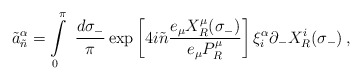
\begin{align*}\tilde{a}^{\alpha}_{\tilde{n}} =\int\limits_{0}^{\pi}~\frac{d\sigma_{-}}{\pi} \exp\left[4i\tilde{n}\frac{e_{\mu} X^{\mu}_{R}(\sigma_{-})}{e_{\mu}P^{\mu}_{R}}\right] \xi^{\alpha}_{i}\partial_{-}X^{i}_{R}(\sigma_{-}) \,,\end{align*}